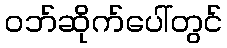
ဝဘ်ဆိုက်ပေါ်တွင်